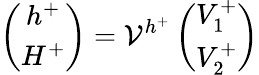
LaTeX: \left(\begin{array}{c}{{h^{+}}}\\ {{H^{+}}}\end{array}\right)={\cal V}^{h^{+}}\left(\begin{array}{c}{{V_{1}^{+}}}\\ {{V_{2}^{+}}}\end{array}\right)